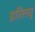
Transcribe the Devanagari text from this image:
प्रतिलघु